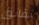
نقانق